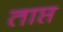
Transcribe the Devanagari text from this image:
ताप्त